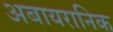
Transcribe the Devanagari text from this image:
अबायरानिक